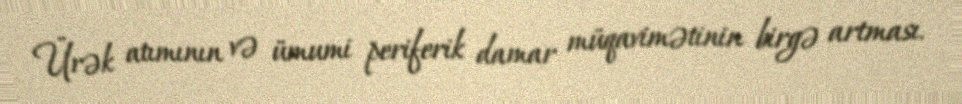
Ürək atımının və ümumi periferik damar müqavimətinin birgə artması.